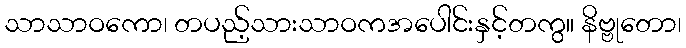
သာသာဝကော၊ တပည့်သားသာဝကအပေါင်းနှင့်တကွ။ နိဗ္ဗုတော၊